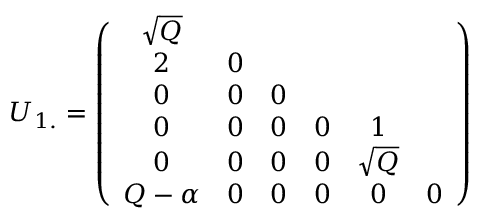
U _ { 1 . } = \left( \begin{array} { c c c c c c c } { { \sqrt { Q } } } \\ { { 2 } } & { { 0 } } \\ { { 0 } } & { { 0 } } & { { 0 } } \\ { { 0 } } & { { 0 } } & { { 0 } } & { { 0 } } & { { 1 } } \\ { { 0 } } & { { 0 } } & { { 0 } } & { { 0 } } & { { \sqrt { Q } } } \\ { { Q - \alpha } } & { { 0 } } & { { 0 } } & { { 0 } } & { { 0 } } & { { 0 } } \end{array} \right)